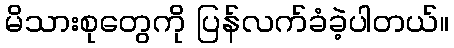
မိသားစုတွေကို ပြန်လက်ခံခဲ့ပါတယ်။